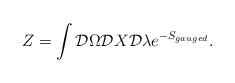
LaTeX: \begin{align*}Z = \int {\cal D}\Omega{\cal D}X {\cal D}\lambda e ^{-S_{gauged}}.\end{align*}